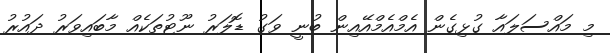
މި މައްސަލައާ ގުޅިގެން އެމްއެމްއޭއިން ބުނީ ވަގު ޑޮލަރު ނޫޓުތަކެއް މާބައިވަރު ދައުރު